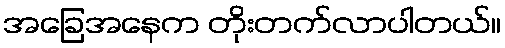
အခြေအနေက တိုးတက်လာပါတယ်။